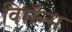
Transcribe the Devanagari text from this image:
विमॅन्स